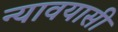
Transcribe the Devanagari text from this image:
न्यावयासी